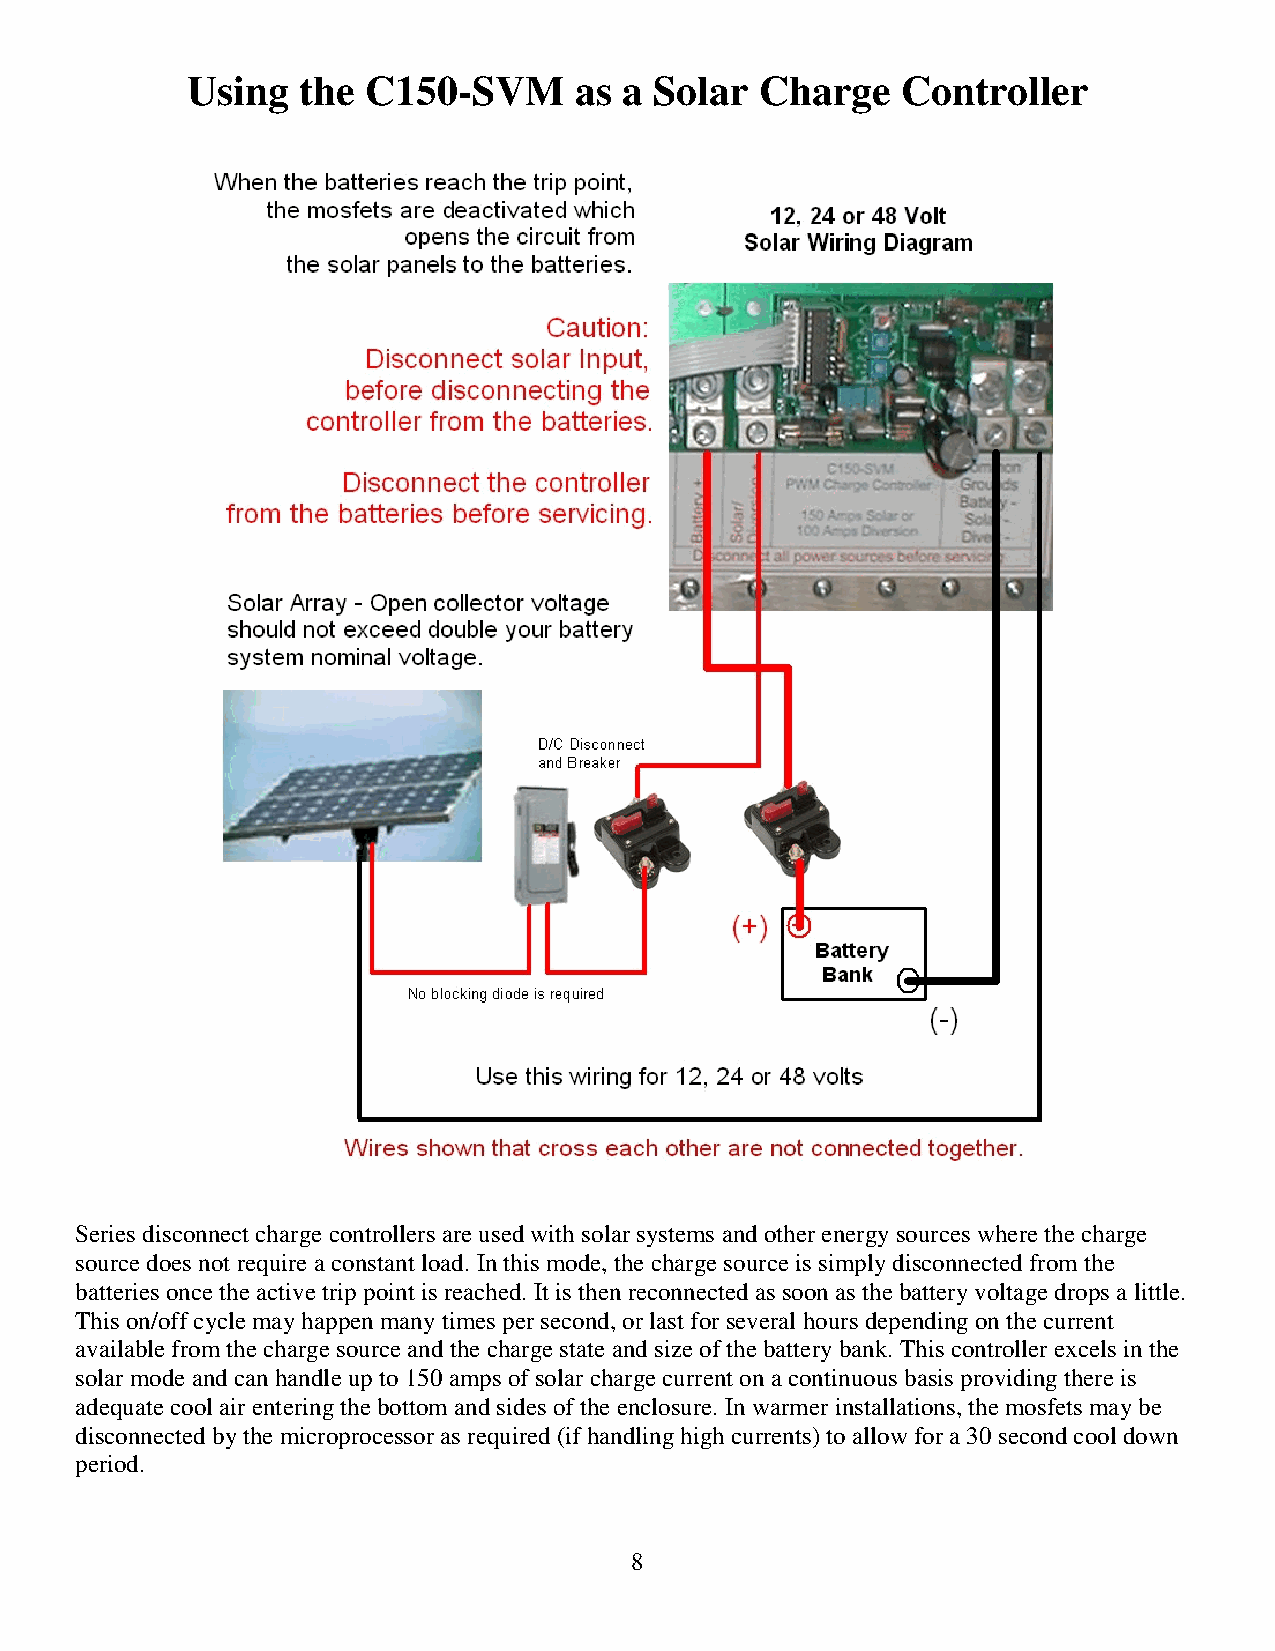
Using   the C150-SVM      as a Solar  Charge    Controller
 Series disconnect charge controllers are used with solar systems and other energy sources where the charge
 source does not require a constant load. In this mode, the charge source is simply disconnected from the
 batteries once the active trip point is reached. It is then reconnected as soon as the battery voltage drops a little.
 This on/off cycle may happen many times per second, or last for several hours depending on the current
 available from the charge source and the charge state and size of the battery bank. This controller excels in the
 solar mode and can handle up to 150 amps of solar charge current on a continuous basis providing there is
 adequate cool air entering the bottom and sides of the enclosure. In warmer installations, the mosfets may be
 disconnected by the microprocessor as required (if handling high currents) to allow for a 30 second cool down
 period.
 8